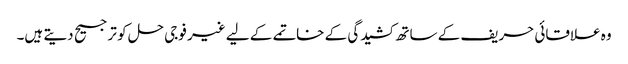
وہ علاقائی حریف کے ساتھ کشیدگی کے خاتمے کے لیے غیر فوجی حل کو ترجیح دیتے ہیں۔